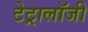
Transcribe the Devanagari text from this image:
टेट्रालॉजी